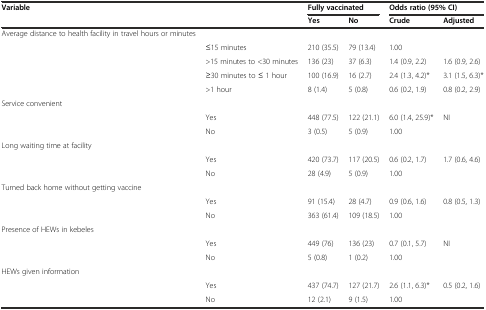
<table><thead><tr><td><b>Variable</b></td><td></td><td colspan="2"><b>Fully vaccinated</b></td><td colspan="2"><b>Odds ratio (95% CI)</b></td></tr><tr><td></td><td></td><td><b>Yes</b></td><td><b>No</b></td><td><b>Crude</b></td><td><b>Adjusted</b></td></tr></thead><tbody><tr><td>Average distance to health facility in travel hours or minutes</td><td></td><td></td><td></td><td></td><td></td></tr><tr><td></td><td>≤15 minutes</td><td>210 (35.5)</td><td>79 (13.4)</td><td>1.00</td><td></td></tr><tr><td></td><td>&gt;15 minutes to &lt;30 minutes</td><td>136 (23)</td><td>37 (6.3)</td><td>1.4 (0.9, 2.2)</td><td>1.6 (0.9, 2.6)</td></tr><tr><td></td><td>≥30 minutes to ≤ 1 hour</td><td>100 (16.9)</td><td>16 (2.7)</td><td>2.4 (1.3, 4.2)*</td><td>3.1 (1.5, 6.3)*</td></tr><tr><td></td><td>&gt;1 hour</td><td>8 (1.4)</td><td>5 (0.8)</td><td>0.6 (0.2, 1.9)</td><td>0.8 (0.2, 2.9)</td></tr><tr><td>Service convenient</td><td></td><td></td><td></td><td></td><td></td></tr><tr><td></td><td>Yes</td><td>448 (77.5)</td><td>122 (21.1)</td><td>6.0 (1.4, 25.9)*</td><td>NI</td></tr><tr><td></td><td>No</td><td>3 (0.5)</td><td>5 (0.9)</td><td>1.00</td><td></td></tr><tr><td>Long waiting time at facility</td><td></td><td></td><td></td><td></td><td></td></tr><tr><td></td><td>Yes</td><td>420 (73.7)</td><td>117 (20.5)</td><td>0.6 (0.2, 1.7)</td><td>1.7 (0.6, 4.6)</td></tr><tr><td></td><td>No</td><td>28 (4.9)</td><td>5 (0.9)</td><td>1.00</td><td></td></tr><tr><td>Turned back home without getting vaccine</td><td></td><td></td><td></td><td></td><td></td></tr><tr><td></td><td>Yes</td><td>91 (15.4)</td><td>28 (4.7)</td><td>0.9 (0.6, 1.6)</td><td>0.8 (0.5, 1.3)</td></tr><tr><td></td><td>No</td><td>363 (61.4)</td><td>109 (18.5)</td><td>1.00</td><td></td></tr><tr><td>Presence of HEWs in kebeles</td><td></td><td></td><td></td><td></td><td></td></tr><tr><td></td><td>Yes</td><td>449 (76)</td><td>136 (23)</td><td>0.7 (0.1, 5.7)</td><td>NI</td></tr><tr><td></td><td>No</td><td>5 (0.8)</td><td>1 (0.2)</td><td>1.00</td><td></td></tr><tr><td>HEWs given information</td><td></td><td></td><td></td><td></td><td></td></tr><tr><td></td><td>Yes</td><td>437 (74.7)</td><td>127 (21.7)</td><td>2.6 (1.1, 6.3)*</td><td>0.5 (0.2, 1.6)</td></tr><tr><td></td><td>No</td><td>12 (2.1)</td><td>9 (1.5)</td><td>1.00</td><td></td></tr></tbody></table>